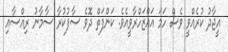
އީޖާދު ކުރެއްވީ ވެސް ހަމަ އައްޒަހްރާވީއެވެ. ކަންފަތް ދޮވެ ސާފުކުރާ ސާމާނު ރިއްސާއި